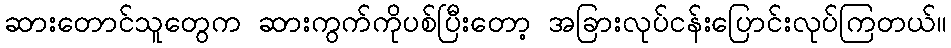
ဆားတောင်သူတွေက ဆားကွက်ကိုပစ်ပြီးတော့ အခြားလုပ်ငန်းပြောင်းလုပ်ကြတယ်။